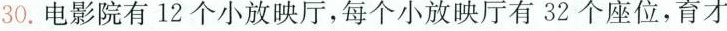
30.电影院有12个小放映厅，每个小放映厅有32个座位，育才